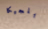
بلجيكا